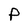
Character: p